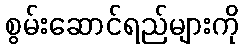
စွမ်းဆောင်ရည်များကို